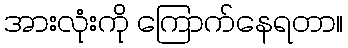
အားလုံးကို ကြောက်နေရတာ။